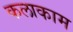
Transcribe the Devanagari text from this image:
कलाकाम